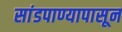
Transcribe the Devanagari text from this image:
सांडपाण्यापासून